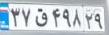
۳۷ق۴۹۸۲۹